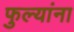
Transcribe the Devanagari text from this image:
फुल्यांना